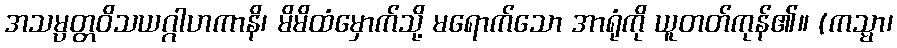
အသမ္ပတ္တဝိသယဂ္ဂါဟကာနိ၊ မိမိထံမှောက်သို့ မရောက်သော အာရုံကို ယူတတ်ကုန်၏။ (ကသ္မာ၊